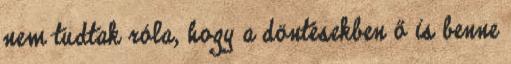
nem tudtak róla, hogy a döntésekben ő is benne